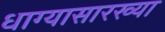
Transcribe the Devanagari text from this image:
धाग्यासारख्या